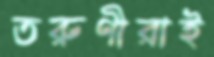
তরুণীরাই